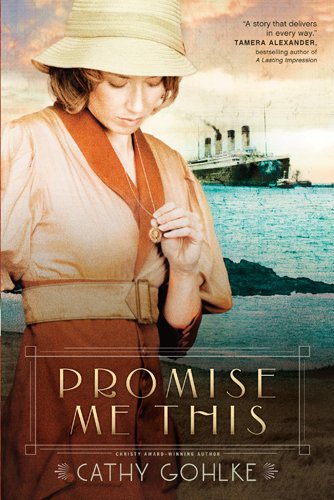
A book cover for Promise Me This; Cathy Gohlke; Romance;